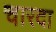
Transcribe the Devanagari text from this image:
चारदा